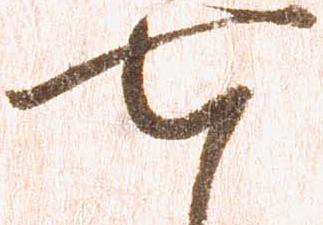
七